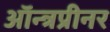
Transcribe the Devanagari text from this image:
ऑन्त्रप्रीनर